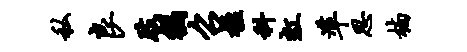
私良肢祸召楹科虹准思楠